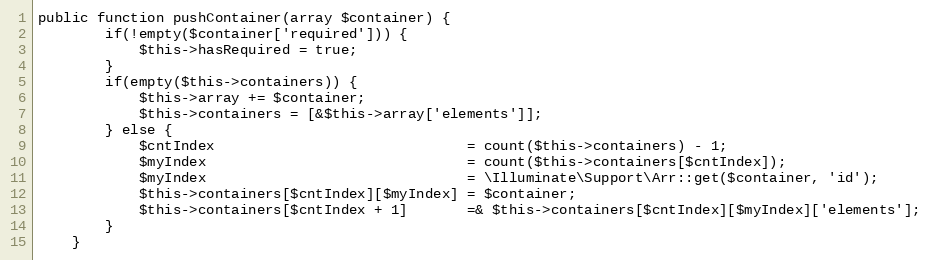
Language: PHP
public function pushContainer(array $container) {
        if(!empty($container['required'])) {
            $this->hasRequired = true;
        }
        if(empty($this->containers)) {
            $this->array += $container;
            $this->containers = [&$this->array['elements']];
        } else {
            $cntIndex                              = count($this->containers) - 1;
            $myIndex                               = count($this->containers[$cntIndex]);
            $myIndex                               = \Illuminate\Support\Arr::get($container, 'id');
            $this->containers[$cntIndex][$myIndex] = $container;
            $this->containers[$cntIndex + 1]       =& $this->containers[$cntIndex][$myIndex]['elements'];
        }
    }